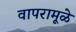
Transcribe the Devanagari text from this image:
वापरामूळे